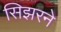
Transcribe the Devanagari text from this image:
सिझरने